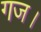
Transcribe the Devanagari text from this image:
गज।